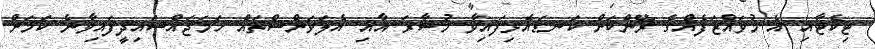
ޓިކެޓާއި އެ މުވައްޒަފެއްގެ ރޭންކަށް ކަނޑައެޅިފައިވާ މުސާރަ އާއި އެލަވަންސްތައް ހަމަޖައްސައިދީފައިވާނެ ކަމަށް